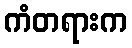
ကံတရားက